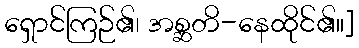
ရှောင်ကြဉ်၏၊ အစ္ဆတိ-နေထိုင်၏။]